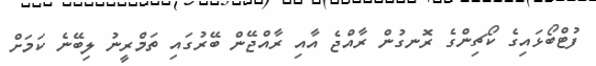
ފުޓްބޯޅައިގެ ކޯޗިންގެ ރޮނގުން ރާއްޖެ އާއި ރާއްޖޭން ބޭރުގައި ތަމްރީނު ލިބޭނެ ކަމަށް